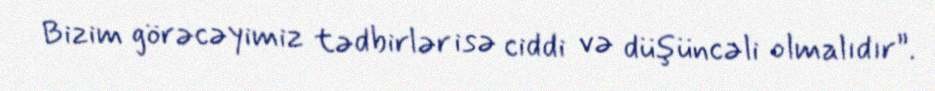
Bizim görəcəyimiz tədbirlər isə ciddi və düşüncəli olmalıdır”.